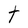
Character: t